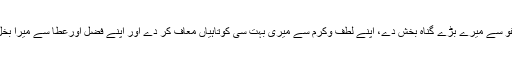
اپنے عظیم عفو سے میرے بڑے گناہ بخش دے، اپنے لطف وکرم سے میری بہت سی کوتاہیاں معاف کر دے اور اپنے فضل اورعطا سے میرا بخل دور کردے۔